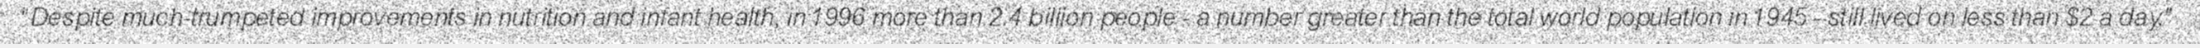
"Despite much-trumpeted improvements in nutrition and infant health, in 1996 more than 2.4 billion people - a number greater than the total world population in 1945 - still lived on less than $2 a day."